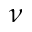
\nu